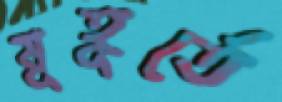
মূহূর্তে